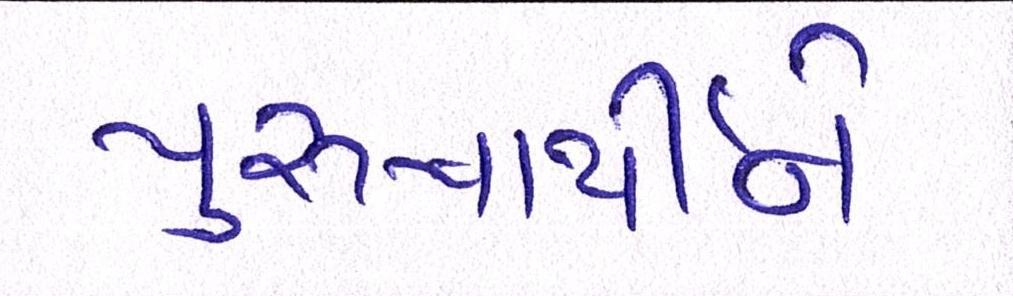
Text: પુરુષાર્થીને